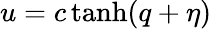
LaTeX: u=c\operatorname{tanh}(q+\eta)